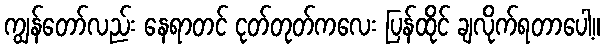
ကျွန်တော်လည်း နေရာတင် ငုတ်တုတ်ကလေး ပြန်ထိုင် ချလိုက်ရတာပေါ့။